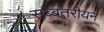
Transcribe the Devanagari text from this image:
सब्बतरीयन